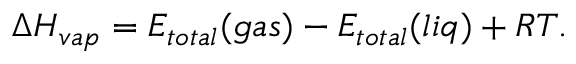
\Delta H _ { v a p } = E _ { t o t a l } ( g a s ) - E _ { t o t a l } ( l i q ) + R T .